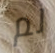
لم